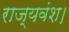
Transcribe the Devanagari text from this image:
राज्यवंश।